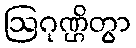
ဩဂုဏ္ဌိတွာ